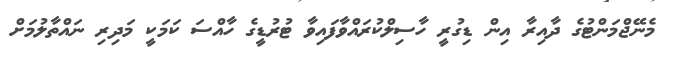
މެނޭޖްމަންޓުގެ ދާއިރާ އިން ޑިގުރީ ހާސިލްކުރައްވާފައިވާ ޓުރުޑީގެ ހާއްސަ ކަމަކީ މަދިރި ނައްތާލުމަށް